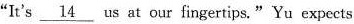
"It's \underline{14} us at our fingertipe." Yu expects